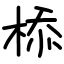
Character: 㮇